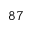
^ { 8 7 }